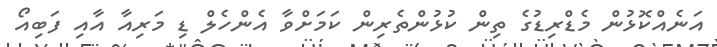
އަނެއްކޮޅުން މެޑްރިޑުގެ ތިން ކުޅުންތެރިން ކަމަށްވާ އެންހެލް ޑި މަރިއާ އާއި ފަބިއޯ